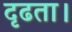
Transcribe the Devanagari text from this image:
दृढता।